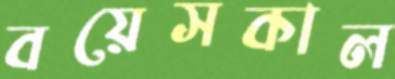
বয়েসকাল